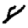
Digit: 8